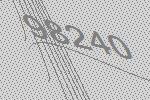
98240